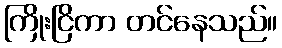
ကြိုးငြိကာ တင်နေသည်။